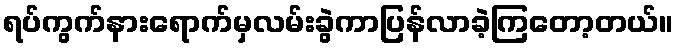
ရပ်ကွက်နားရောက်မှလမ်းခွဲကာပြန်လာခဲ့ကြတော့တယ်။